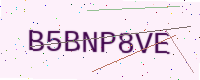
Text: B5BNP8VE